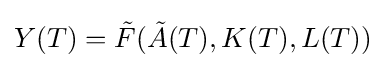
Y(T)={\tilde {F}}({\tilde {A}}(T),K(T),L(T))